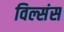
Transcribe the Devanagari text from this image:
विल्संस